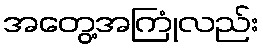
အတွေ့အကြုံလည်း